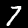
Label: 7